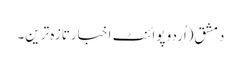
دمشق(اُردو پوائنٹ اخبارتازہ ترین۔